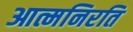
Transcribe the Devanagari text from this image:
आत्मनिरति